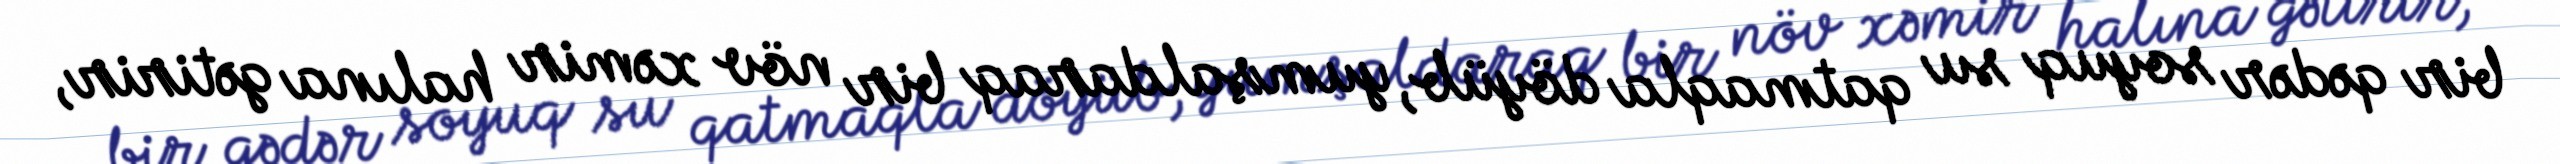
bir qədər soyuq su qatmaqla döyüb, yumşaldaraq bir növ xəmir halına gətirir,